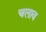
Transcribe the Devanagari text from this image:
चलाव